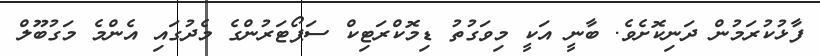
ފާޅުކުރަމުން ދަނިކޮށެވެ. ބާނީ އަކީ މިވަގުތު ޑިމޮކްރަޓިކް ސަޕޯޓަރުންގެ މެދުގައި އެންމެ މަގުބޫލް